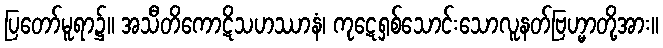
ပြတော်မူရာ၌။ အသီတိကောဋိသဟဿာနံ၊ ကုဋေရှစ်သောင်းသောလူနတ်ဗြဟ္မာတို့အား။